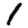
Digit: 1